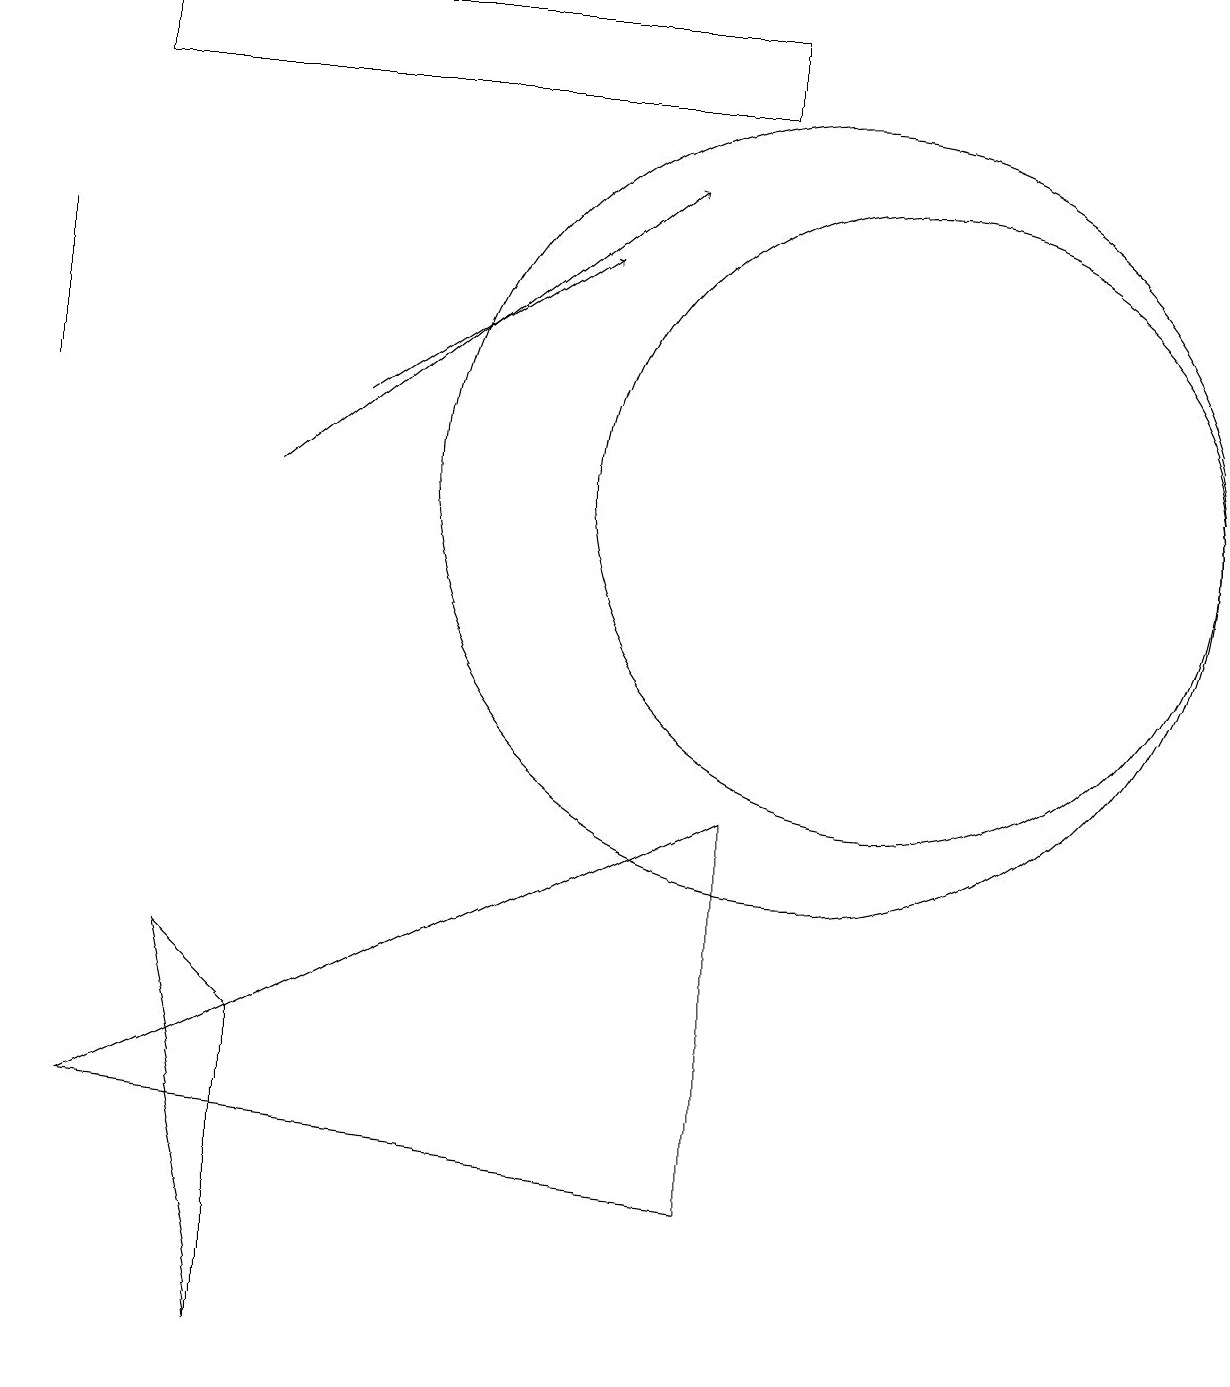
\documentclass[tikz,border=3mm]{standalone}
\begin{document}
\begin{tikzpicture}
\draw (3,0) -- (3,4) -- (2,5) -- cycle;
\draw (10,11) circle (5);
\draw (11,11) circle (4);
\draw (9,16) rectangle (1,17);
\draw (1,3) -- (9,2) -- (9,7) -- cycle;
\draw (0,14) rectangle (0,12);
\draw[->] (3,11) -- (8,15);
\draw[->] (4,12) -- (7,14);
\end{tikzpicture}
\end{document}